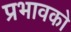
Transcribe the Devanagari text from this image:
प्रभावको